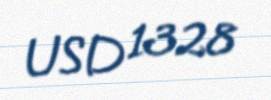
USD 1328